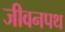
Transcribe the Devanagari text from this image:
जीवनपथ